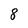
Character: 8